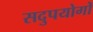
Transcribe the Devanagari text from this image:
सदुपयोगों